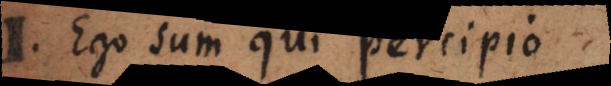
I. Ego sum qui percipio.